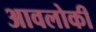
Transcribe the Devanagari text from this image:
आवलोकीं